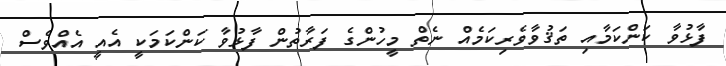
ފާޅުވާ ކަންކަމާއި ތަޤުވާވެރިކަމެއް ނެތް މީހުންގެ ފަރާތުން ފާޅުވާ ކަންކަމަކީ އެއީ އެއްވެސް